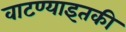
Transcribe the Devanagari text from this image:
वाटण्याइतकी